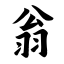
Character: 翁